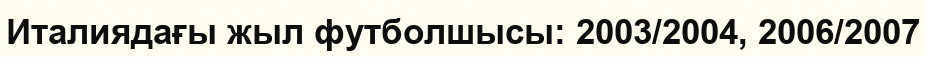
Италиядағы жыл футболшысы: 2003/2004, 2006/2007